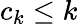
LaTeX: c_{k}\leq k